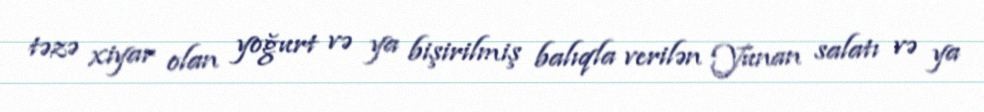
təzə xiyar olan yoğurt və ya bişirilmiş balıqla verilən Yunan salatı və ya